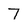
Character: 7